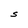
Character: S